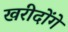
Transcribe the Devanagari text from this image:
खरीदोंगे